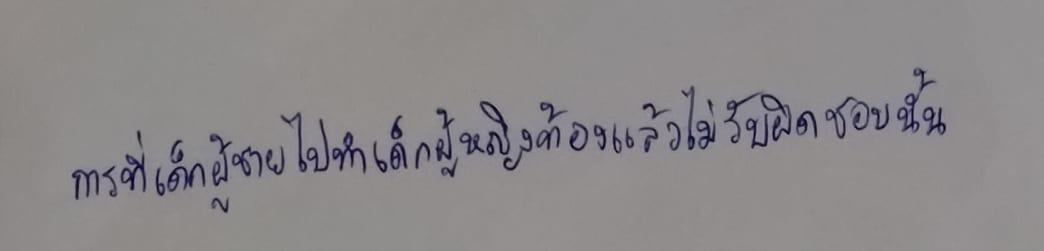
การที่เด็กผู้ชายไปทำเด็กผู้หญิงท้องแล้วไม่รับผิดชอบนั้น